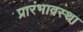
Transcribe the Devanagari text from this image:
प्रारंभावस्था